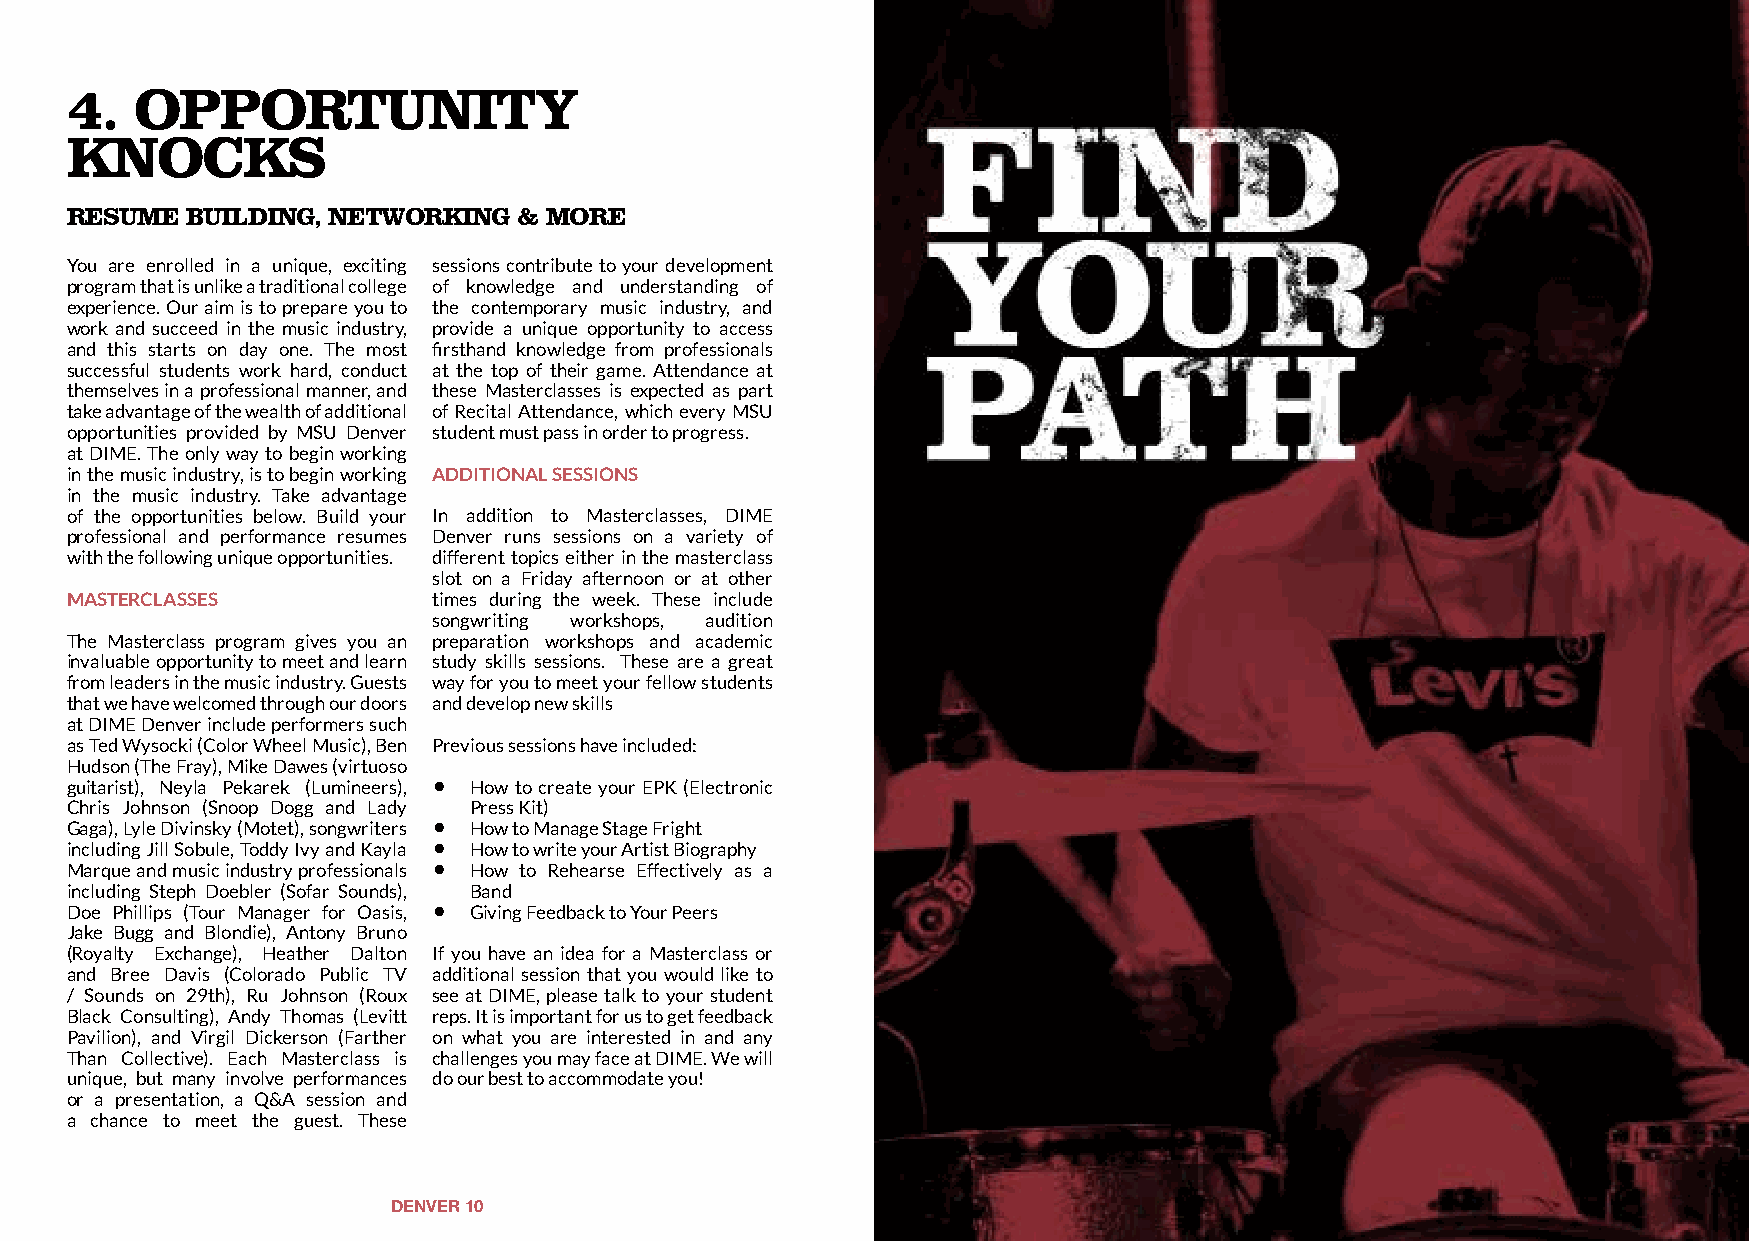
4.   OPPORTUNITY
 KNOCKS
 RESUME  BUILDING, NETWORKING  & MORE
 You are enrolled in a unique, exciting sessions contribute to your development
 program that is unlike a traditional college of knowledge and understanding of
 experience. Our aim is to prepare you to the contemporary music industry, and
 work and succeed in the music industry, provide a unique opportunity to access
 and this starts on day one. The most firsthand knowledge from professionals
 successful students work hard, conduct at the top of their game. Attendance at
 themselves in a professional manner, and these Masterclasses is expected as part
 take advantage of the wealth of additional of Recital Attendance, which every MSU
 opportunities provided by MSU Denver student must pass in order to progress.
 at DIME. The only way to begin working
 in the music industry, is to begin working ADDITIONAL SESSIONS
 in the music industry. Take advantage
 of the opportunities below. Build your In addition to Masterclasses, DIME
 professional and performance resumes Denver runs sessions on a variety of
 with the following unique opportunities. different topics either in the masterclass
 slot on a Friday afternoon or at other
 MASTERCLASSES            times during the week. These include
 songwriting workshops, audition
 The Masterclass program gives you an preparation workshops and academic
 invaluable opportunity to meet and learn study skills sessions. These are a great
 from leaders in the music industry. Guests way for you to meet your fellow students
 that we have welcomed through our doors and develop new skills
 at DIME Denver include performers such
 as Ted Wysocki (Color Wheel Music), Ben Previous sessions have included:
 Hudson (The Fray), Mike Dawes (virtuoso
 guitarist), Neyla Pekarek (Lumineers), • How to create your EPK (Electronic
 Chris Johnson (Snoop Dogg and Lady Press Kit)
 Gaga), Lyle Divinsky (Motet), songwriters • How to Manage Stage Fright
 including Jill Sobule, Toddy Ivy and Kayla • How to write your Artist Biography
 Marque and music industry professionals • How to Rehearse Effectively as a
 including Steph Doebler (Sofar Sounds), Band
 Doe Phillips (Tour Manager for Oasis, • Giving Feedback to Your Peers
 Jake Bugg and Blondie), Antony Bruno
 (Royalty Exchange), Heather Dalton If you have an idea for a Masterclass or
 and Bree Davis (Colorado Public TV additional session that you would like to
 / Sounds on 29th), Ru Johnson (Roux see at DIME, please talk to your student
 Black Consulting), Andy Thomas (Levitt reps. It is important for us to get feedback
 Pavilion), and Virgil Dickerson (Farther on what you are interested in and any
 Than Collective). Each Masterclass is challenges you may face at DIME. We will
 unique, but many involve performances do our best to accommodate you!
 or a presentation, a Q&A session and
 a chance to meet the guest. These
 DENVER 10